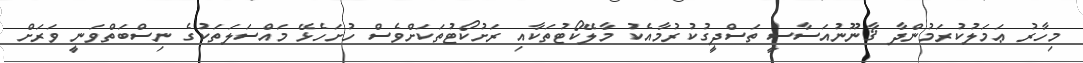
މިހާރު ޢަމަލުކުރަމުންދާ ޤާނޫނުއަސާސީ ތަސްދީގުކުރުމާއެކު މާލޭކޯޓުތަކާއި ރަށުކޯޓުތަކަށްވެސް ހުށަހެޅޭ މައްސަލަތަކުގެ ނިސްބަތްވަނީ ވަރަށް